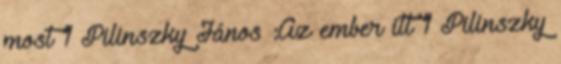
most 1 Pilinszky János :Az ember itt 1 Pilinszky